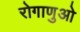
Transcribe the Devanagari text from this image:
रोगाणुओ